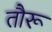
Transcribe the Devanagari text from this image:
तौरू